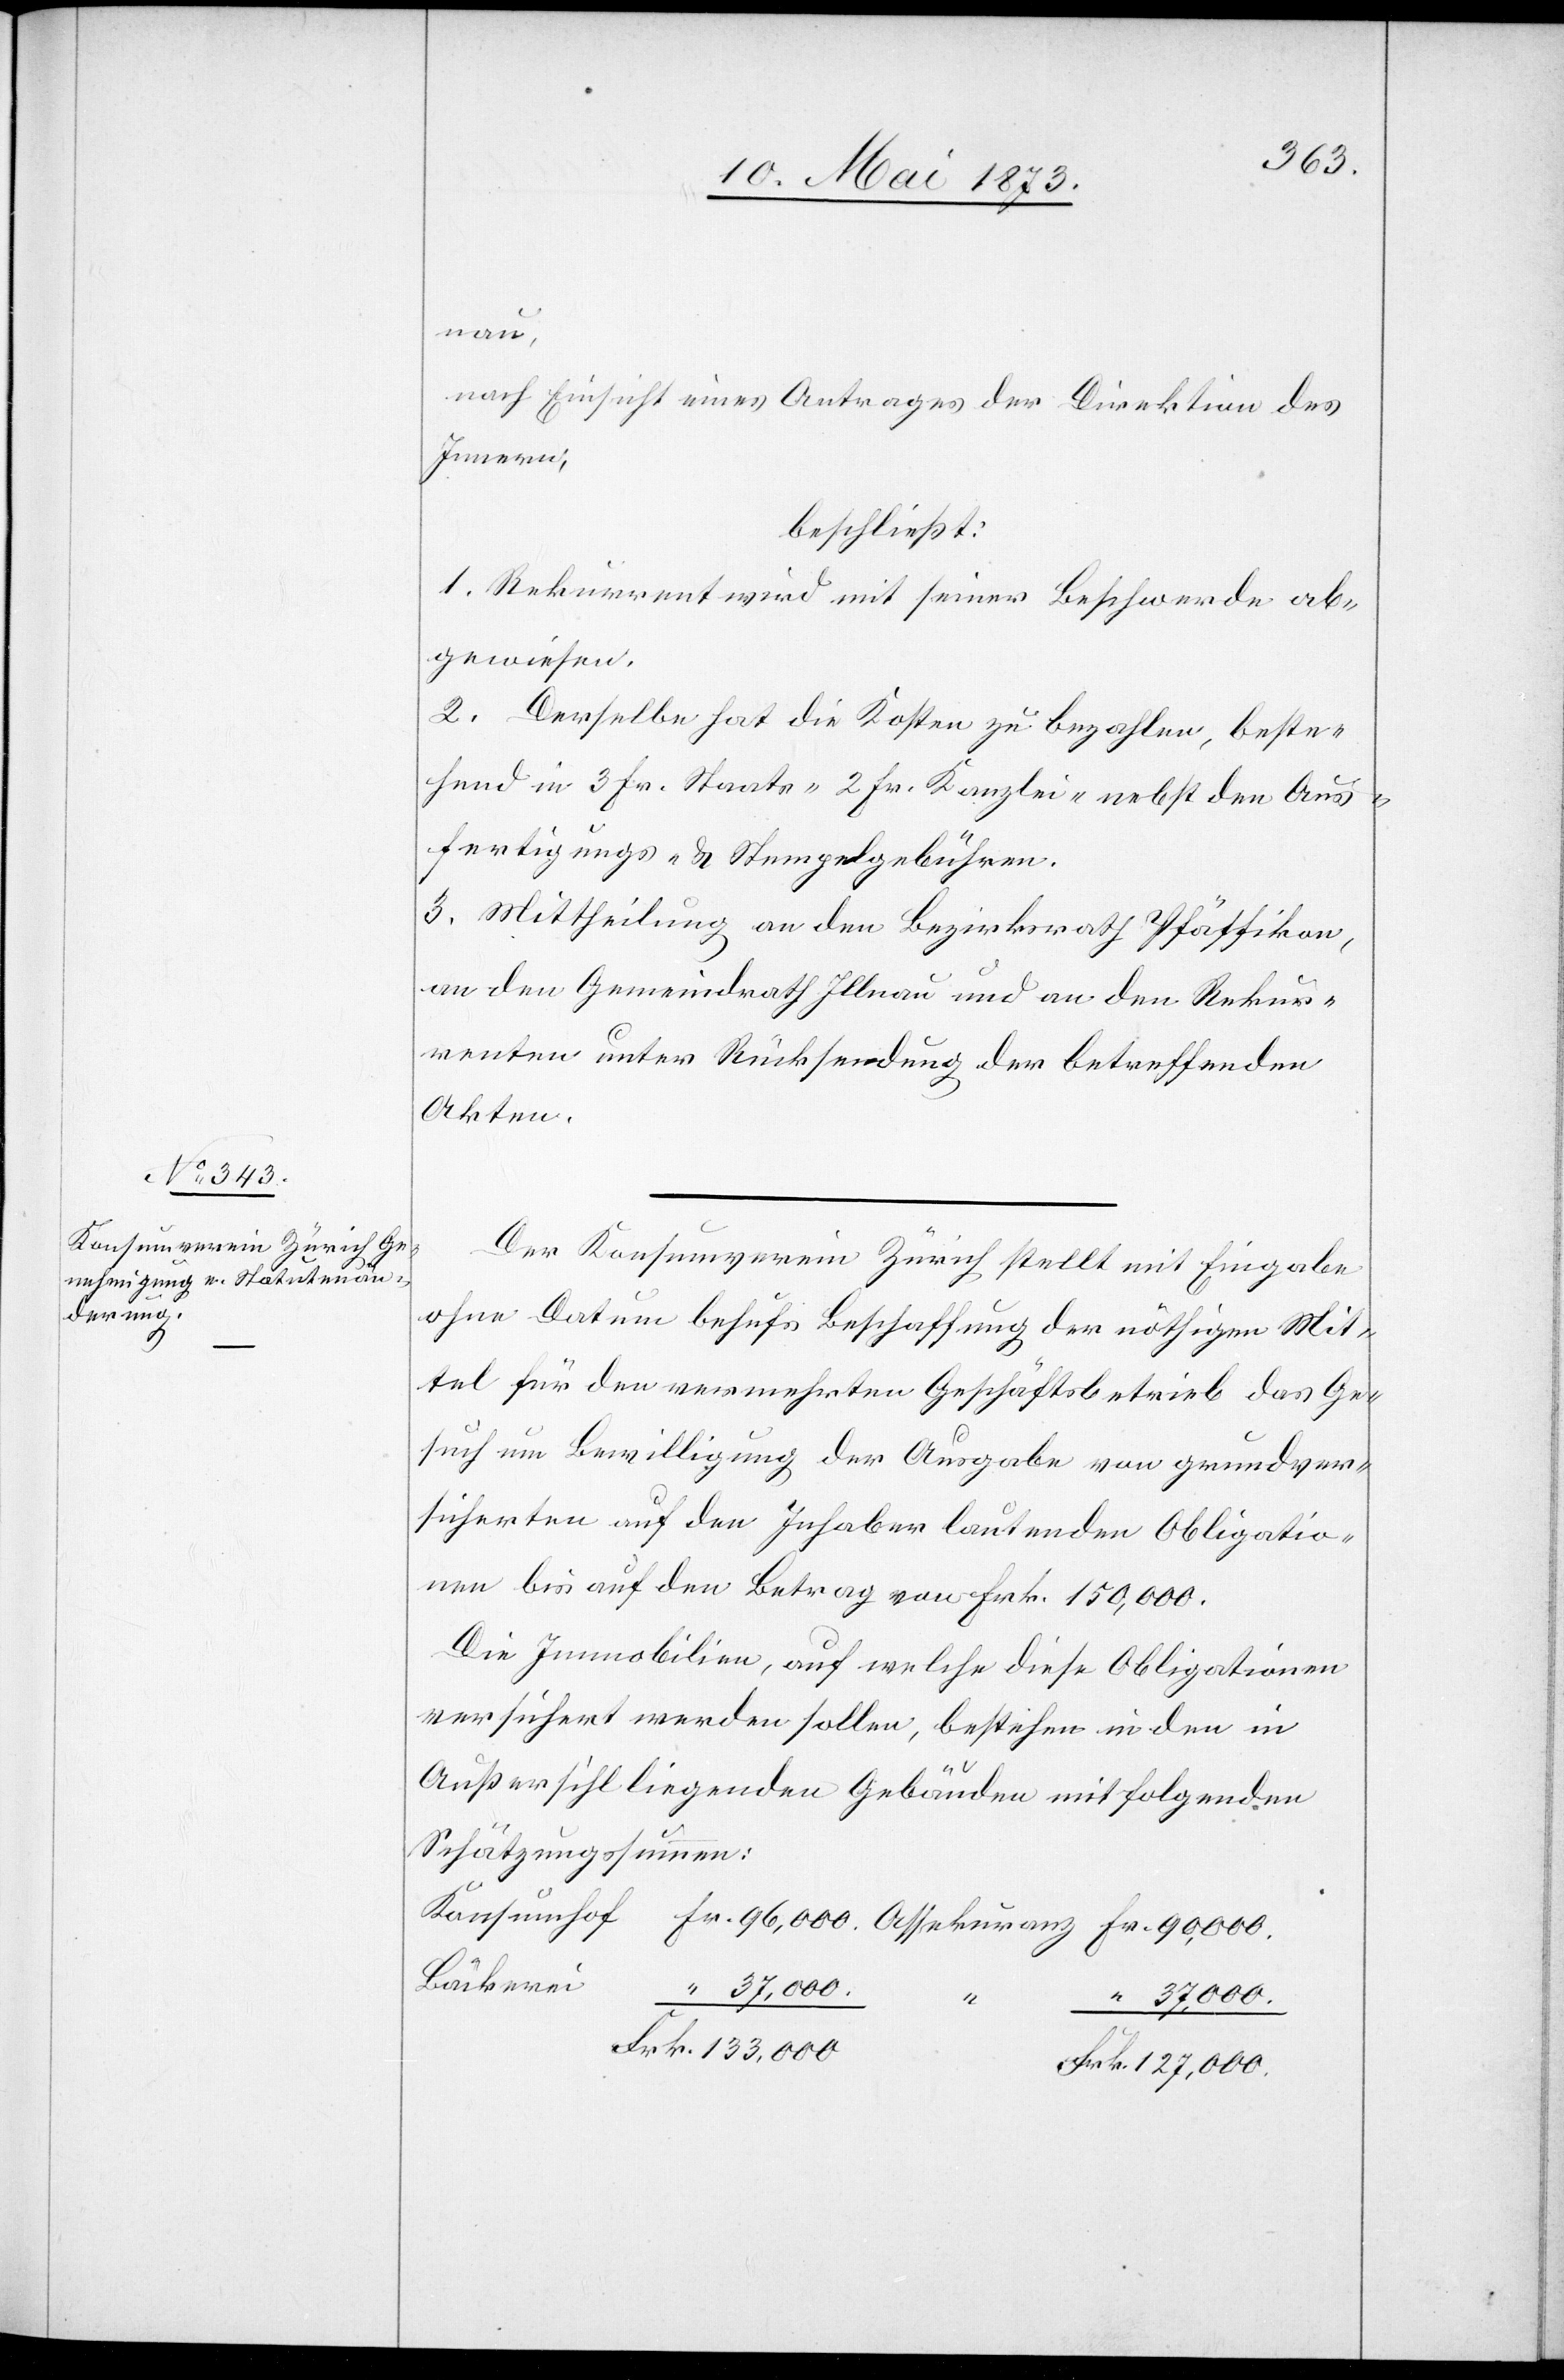
nau,
nach Einsicht eines Antrages der Direktion des
Innern,
beschließt:
1. Rekurrent wird mit seiner Beschwerde ab¬
gewiesen.
2. Derselbe hat die Kosten zu bezahlen, beste¬
hend in 3 Fr. Staats- 2 Fr. Kanzlei- nebst den Aus¬
fertigungs- & Stempelgebühren.
3. Mittheilung an den Bezirksrath Pfäffikon,
an den Gemeindrath Illnau und an den Rekur¬
renten unter Rücksendung der betreffenden
Akten.
Der Konsumverein Zürich stellt mit Eingabe
ohne Datum behufs Beschaffung der nöthigen Mit¬
tel für den vermehrten Geschäftsbetrieb das Ge¬
such um Bewilligung der Ausgabe von grundver¬
sicherten auf den Inhaber lautenden Obligatio¬
nen bis auf den Betrag von Frk. 150,000.
Die Immobilien, auf welche diese Obligationen
versichert werden sollen, bestehen in den in
Außersihl liegenden Gebäuden mit folgenden
Schätzungssummen:
Bäckerei
127,000.